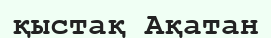
қыстақ Ақатан